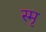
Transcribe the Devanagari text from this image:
स्मृ